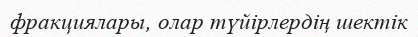
фракциялары, олар түйірлердің шектік